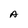
Character: A